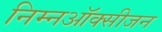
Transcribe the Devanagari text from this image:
निम्नऑक्सीजन